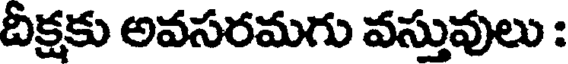
దీక్షకు అవసరమగు వస్తువులు :